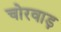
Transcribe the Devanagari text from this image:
चोरवाड़